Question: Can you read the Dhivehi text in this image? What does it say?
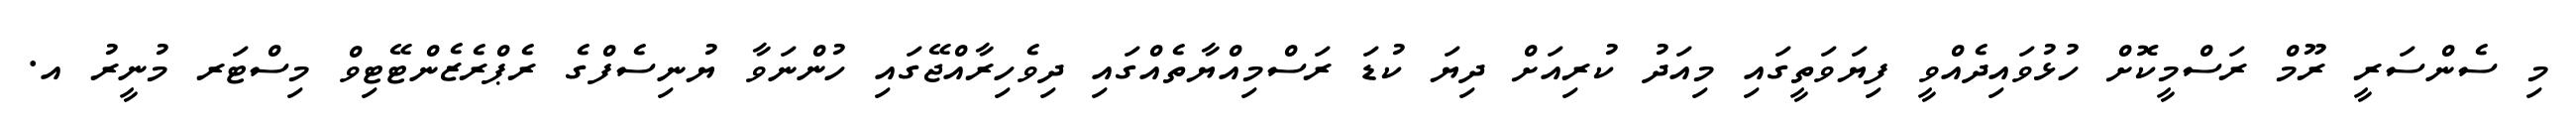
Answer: މި ސެންސަރީ ރޫމް ރަސްމީކޮށް ހުޅުވައިދެއްވީ ފިޔަވަތީގައި މިއަދު ކުރިއަށް ދިޔަ ކުޑަ ރަސްމިއްޔާތެއްގައި ދިވެހިރާއްޖޭގައި ހުންނަވާ ޔުނިސެފްގެ ރެޕްރެޒެންޓޭޓިވް މިސްޓަރ މުނީރު އ.